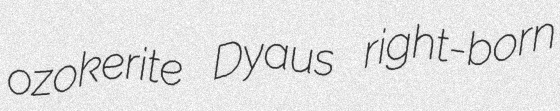
ozokerite Dyaus right-born